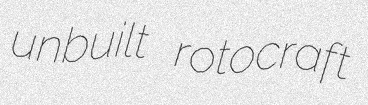
unbuilt rotocraft